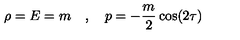
\rho = E = m \quad , \quad p = - { \frac { m } { 2 } } \cos ( 2 \tau )